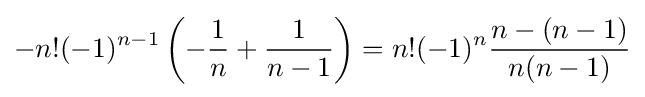
-n!(-1)^{n-1}\left(-{\frac {1}{n}}+{\frac {1}{n-1}}\right)=n!(-1)^{n}{\frac {n-(n-1)}{n(n-1)}}